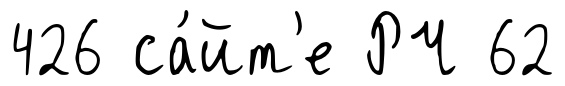
426 са́йт'е РЧ 62